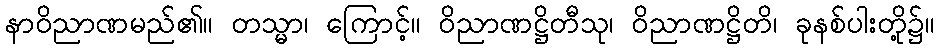
နာဝိညာဏမည်၏။ တသ္မာ၊ ကြောင့်။ ဝိညာဏဋ္ဌိတီသု၊ ဝိညာဏဋ္ဌိတိ၊ ခုနစ်ပါးတို့၌။